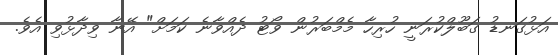
އަޅުގަނޑު ގަބޫލްކުރަނީ ހުރިހާ މެމްބަރުން ވޯޓު ދެއްވާނެ ކަމަށް" އޭނާ ވިދާޅުވި އެވެ.